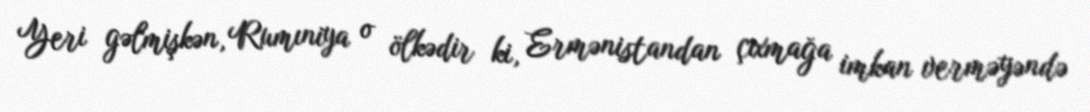
Yeri gəlmişkən, Rumıniya o ölkədir ki, Ermənistandan çıxmağa imkan verməyəndə